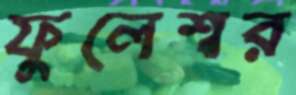
ফুলেশ্বর